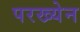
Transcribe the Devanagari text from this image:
परख्येन